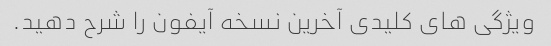
ویژگی های کلیدی آخرین نسخه آیفون را شرح دهید.